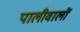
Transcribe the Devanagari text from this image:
पालीवालों